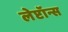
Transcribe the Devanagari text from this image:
लेप्टॉन्स